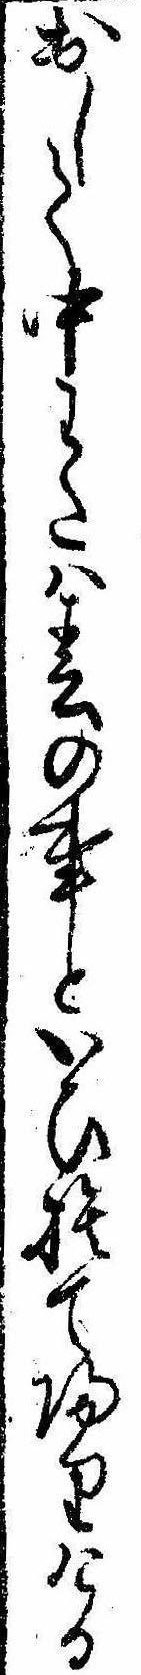
出して中わたは春の事といひ捨て帰りける